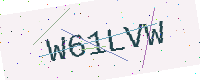
Text: W61LVW